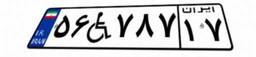
۲۹W۳۱۵۱۵